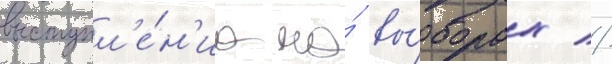
выступл'е́н'иа на́ вы́борах //